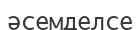
әсемделсе